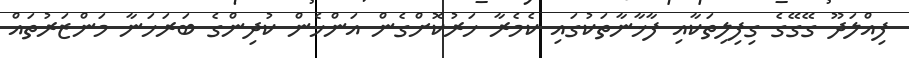
ފިއްލަދޫ ގޭގޭގެ ގިފިލިތަކާއި ފާޚާނާތަކުގައި ކެމެރާ ހަރުކޮށްގެން އަންހެން ކުދިންގެ ބަރަހަނާ މަންޒަރުތައް